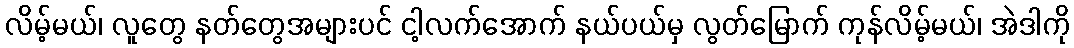
လိမ့်မယ်၊ လူတွေ နတ်တွေအများပင် ငါ့လက်အောက် နယ်ပယ်မှ လွတ်မြောက် ကုန်လိမ့်မယ်၊ အဲဒါကို